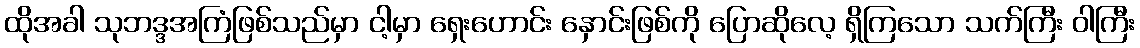
ထိုအခါ သုဘဒ္ဒအကြံဖြစ်သည်မှာ ငါ့မှာ ရှေးဟောင်း နှောင်းဖြစ်ကို ပြောဆိုလေ့ ရှိကြသော သက်ကြီး ဝါကြီး